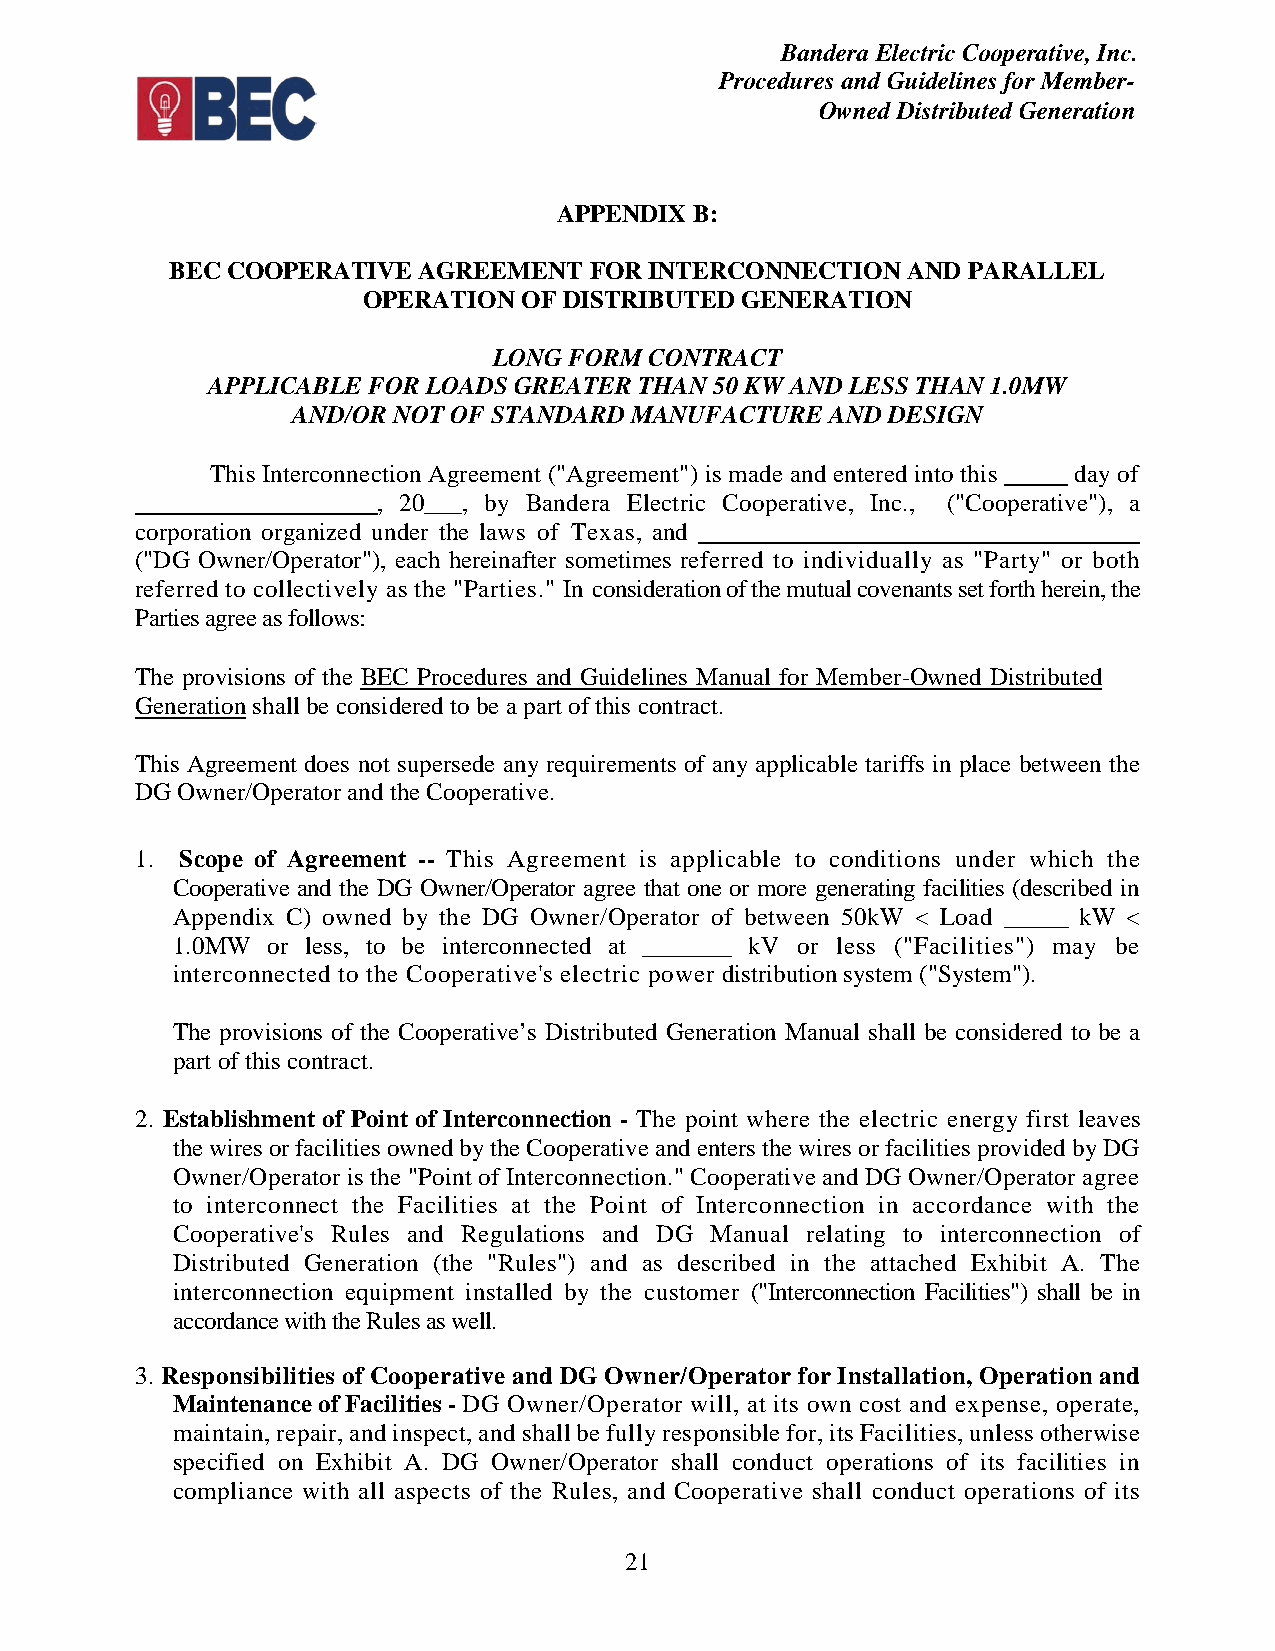
Bandera Electric Cooperative, Inc.
 Procedures and Guidelines for Member-
 Owned Distributed Generation
 APPENDIX B:
 BEC COOPERATIVE  AGREEMENT  FOR INTERCONNECTION  AND PARALLEL
 OPERATION  OF DISTRIBUTED GENERATION
 LONG FORM CONTRACT
 APPLICABLE FOR LOADS GREATER THAN 50 KW AND LESS THAN 1.0MW
 AND/OR NOT OF STANDARD MANUFACTURE  AND DESIGN
 This Interconnection Agreement ("Agreement") is made and entered into this _____ day of
 __________________, 20___, by Bandera Electric Cooperative, Inc., ("Cooperative"), a
 corporation organized under the laws of Texas, and ___________________________________
 ("DG Owner/Operator"), each hereinafter sometimes referred to individually as "Party" or both
 referred to collectively as the "Parties." In consideration of the mutual covenants set forth herein, the
 Parties agree as follows:
 The provisions of the BEC Procedures and Guidelines Manual for Member-Owned Distributed
 Generation shall be considered to be a part of this contract.
 This Agreement does not supersede any requirements of any applicable tariffs in place between the
 DG Owner/Operator and the Cooperative.
 1. Scope of Agreement -- This Agreement is applicable to conditions under which the
 Cooperative and the DG Owner/Operator agree that one or more generating facilities (described in
 Appendix C) owned by the DG Owner/Operator of between 50kW < Load _____ kW <
 1.0MW  or less, to be interconnected at _______ kV or less ("Facilities") may be
 interconnected to the Cooperative's electric power distribution system ("System").
 The provisions of the Cooperative’s Distributed Generation Manual shall be considered to be a
 part of this contract.
 2. Establishment of Point of Interconnection - The point where the electric energy first leaves
 the wires or facilities owned by the Cooperative and enters the wires or facilities provided by DG
 Owner/Operator is the "Point of Interconnection." Cooperative and DG Owner/Operator agree
 to interconnect the Facilities at the Point of Interconnection in accordance with the
 Cooperative's Rules and Regulations and DG Manual relating to interconnection of
 Distributed Generation (the "Rules") and as described in the attached Exhibit A. The
 interconnection equipment installed by the customer ("Interconnection Facilities") shall be in
 accordance with the Rules as well.
 3. Responsibilities of Cooperative and DG Owner/Operator for Installation, Operation and
 Maintenance of Facilities - DG Owner/Operator will, at its own cost and expense, operate,
 maintain, repair, and inspect, and shall be fully responsible for, its Facilities, unless otherwise
 specified on Exhibit A. DG Owner/Operator shall conduct operations of its facilities in
 compliance with all aspects of the Rules, and Cooperative shall conduct operations of its
 21